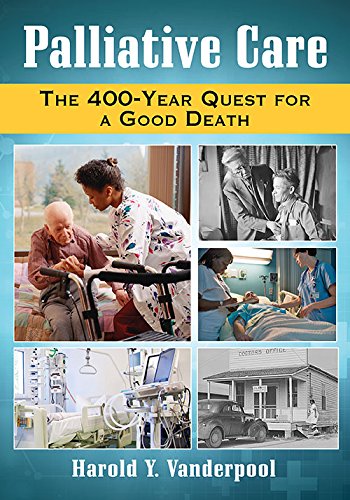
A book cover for Palliative Care: The 400-year Quest for a Good Death; Harold Y. Vanderpool; Self-Help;